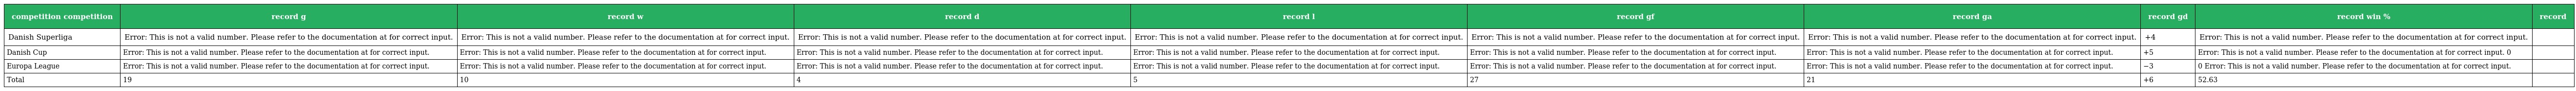
| competition competition | record g | record w | record d | record l | record gf | record ga | record gd | record win % | record |
 | --- | --- | --- | --- | --- | --- | --- | --- | --- | --- |
 | Danish Superliga | Error: This is not a valid number. Please refer to the documentation at for correct input. | Error: This is not a valid number. Please refer to the documentation at for correct input. | Error: This is not a valid number. Please refer to the documentation at for correct input. | Error: This is not a valid number. Please refer to the documentation at for correct input. | Error: This is not a valid number. Please refer to the documentation at for correct input. | Error: This is not a valid number. Please refer to the documentation at for correct input. | +4 | Error: This is not a valid number. Please refer to the documentation at for correct input. |  |
 | Danish Cup | Error: This is not a valid number. Please refer to the documentation at for correct input. | Error: This is not a valid number. Please refer to the documentation at for correct input. | Error: This is not a valid number. Please refer to the documentation at for correct input. | Error: This is not a valid number. Please refer to the documentation at for correct input. | Error: This is not a valid number. Please refer to the documentation at for correct input. | Error: This is not a valid number. Please refer to the documentation at for correct input. | +5 | Error: This is not a valid number. Please refer to the documentation at for correct input. 0 |  |
 | Europa League | Error: This is not a valid number. Please refer to the documentation at for correct input. | Error: This is not a valid number. Please refer to the documentation at for correct input. | Error: This is not a valid number. Please refer to the documentation at for correct input. | Error: This is not a valid number. Please refer to the documentation at for correct input. | Error: This is not a valid number. Please refer to the documentation at for correct input. | Error: This is not a valid number. Please refer to the documentation at for correct input. | −3 | 0 Error: This is not a valid number. Please refer to the documentation at for correct input. |  |
 | Total | 19 | 10 | 4 | 5 | 27 | 21 | +6 | 52.63 |  |